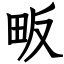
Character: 畈